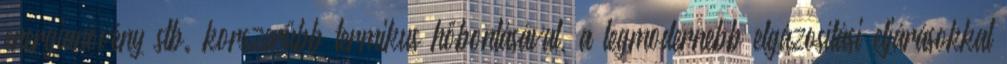
energianövény stb. korszerűbb termikus hőbontásával, a legmodernebb elgázosítási eljárásokkal